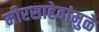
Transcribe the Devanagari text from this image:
मीरसाहेबांमुळे